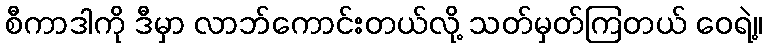
စီကာဒါကို ဒီမှာ လာဘ်ကောင်းတယ်လို့ သတ်မှတ်ကြတယ် ဝေရဲ့။